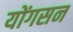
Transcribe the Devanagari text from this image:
योंगसन